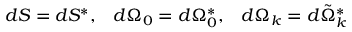
d S = d S ^ { * } , \; \; \; d \Omega _ { 0 } = d \Omega _ { 0 } ^ { * } , \; \; \; d \Omega _ { k } = d \tilde { \Omega } _ { k } ^ { * }